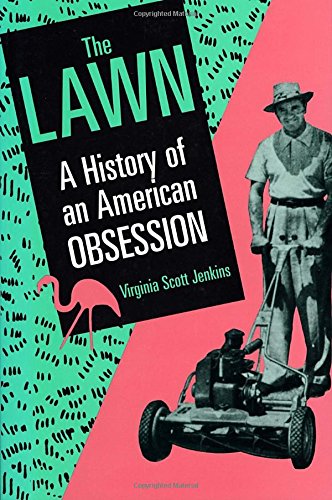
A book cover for The Lawn: A History of an American Obsession; Virginia Scott Jenkins; Crafts, Hobbies & Home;